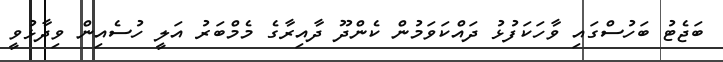
ބަޖެޓު ބަހުސްގައި ވާހަކަފުޅު ދައްކަވަމުން ކެންދޫ ދާއިރާގެ މެމްބަރު އަލީ ހުސެއިން ވިދާޅުވީ